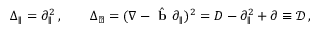
\Delta _ { \parallel } = \partial _ { \parallel } ^ { 2 } \, , \qquad \Delta _ { \perp } = ( \nabla - \hat { \textbf { b } } \partial _ { \parallel } ) ^ { 2 } = D - \partial _ { \parallel } ^ { 2 } + \partial \equiv \mathcal { D } \, ,